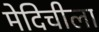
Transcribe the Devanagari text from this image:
मेदिचीला